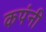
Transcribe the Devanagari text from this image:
कपंनी